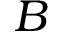
B